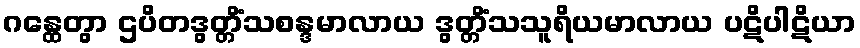
ဂန္ထေတွာ ဌပိတဒွတ္တိံသစန္ဒမာလာယ ဒွတ္တိံသသူရိယမာလာယ ပဋိပါဋိယာ